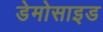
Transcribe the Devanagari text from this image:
डेमोसाइड